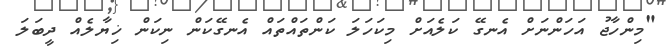
"މިންހާޖު އަހަންނަށް އެނގޭ ކަލެއަށް މިކަހަލަ ކަންތައްތައް އެނގޭކަން ނިކަން ޚިޔާލެއް ދީބަލަ